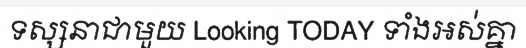
ទស្សនាជាមួយ Looking TODAY ទាំងអស់គ្នា